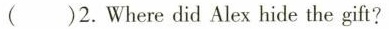
()2.Where did Alex hide the gift?